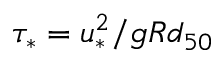
\tau _ { * } = u _ { * } ^ { 2 } / g R d _ { 5 0 }